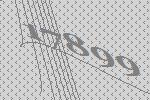
17899